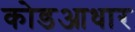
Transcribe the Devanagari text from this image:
कोडआधार